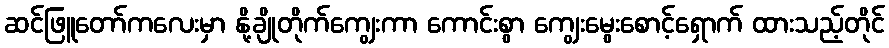
ဆင်ဖြူတော်ကလေးမှာ နို့ချိုတိုက်ကျွေးကာ ကောင်းစွာ ကျွေးမွေးစောင့်ရှောက် ထားသည့်တိုင်